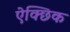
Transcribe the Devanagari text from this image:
ऐक्छिक